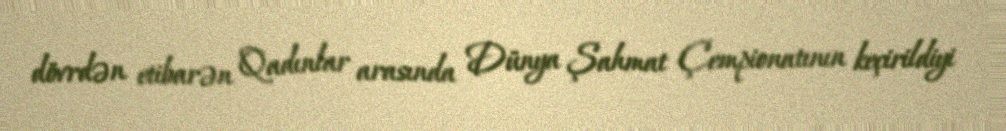
dövrdən etibarən Qadınlar arasında Dünya Şahmat Çempionatının keçirildiyi